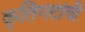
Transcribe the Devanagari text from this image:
कृतिगटांची